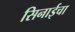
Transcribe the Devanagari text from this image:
सिनाईचा